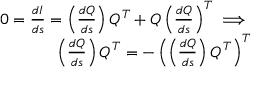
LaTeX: \begin{array} { r } { 0 = { \frac { d I } { d s } } = \left( { \frac { d Q } { d s } } \right) Q ^ { T } + Q \left( { \frac { d Q } { d s } } \right) ^ { T } \implies } \\ { \left( { \frac { d Q } { d s } } \right) Q ^ { T } = - \left( \left( { \frac { d Q } { d s } } \right) Q ^ { T } \right) ^ { T } } \end{array}